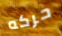
حركه